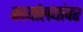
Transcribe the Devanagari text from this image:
कार्यालयांवर